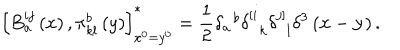
LaTeX: \left[ B _ { a } ^ { i j } \left( x \right) , \pi _ { k l } ^ { b } \left( y \right) \right] _ { x ^ { 0 } = y ^ { 0 } } ^ { * } = \frac 1 2 \delta _ { a } ^ { \; \; b } \delta _ { \; \; k } ^ { \left[ i \right. } \delta _ { \; \; l } ^ { \left. j \right] } \delta ^ { 3 } \left( { \bf x } - { \bf y } \right) .